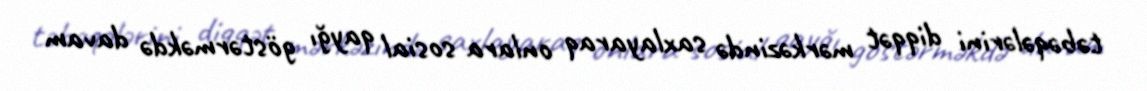
təbəqələrini diqqət mərkəzində saxlayaraq onlara sosial qayğı göstərməkdə davam